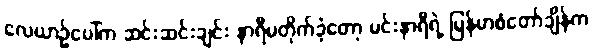
လေယာဉ်ပေါ်က ဆင်းဆင်းချင်း နာရီမတိုက်ခဲ့တော့ မင်းနာရီရဲ့ မြန်မာစံတော်ချိန်က